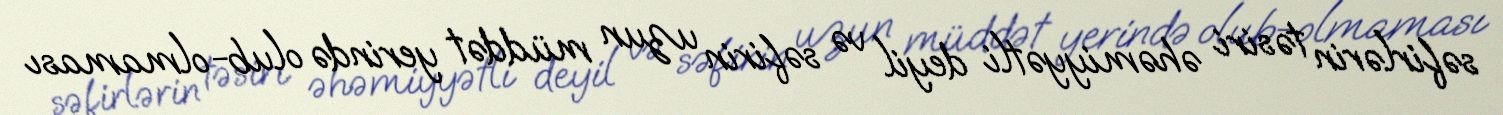
səfirlərin təsiri əhəmiyyətli deyil və səfirin uzun müddət yerində olub-olmaması